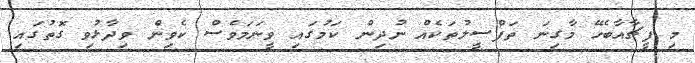
މި ފީޗާއާބެހޭ މާގިނަ ތަފްސީލުތަކެއް ނުދިން ކަމުގައި ވީނަމަވެސް ކެވިން ވިދާޅުވި ގޮތުގައި